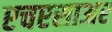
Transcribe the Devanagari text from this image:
एचएसाअर